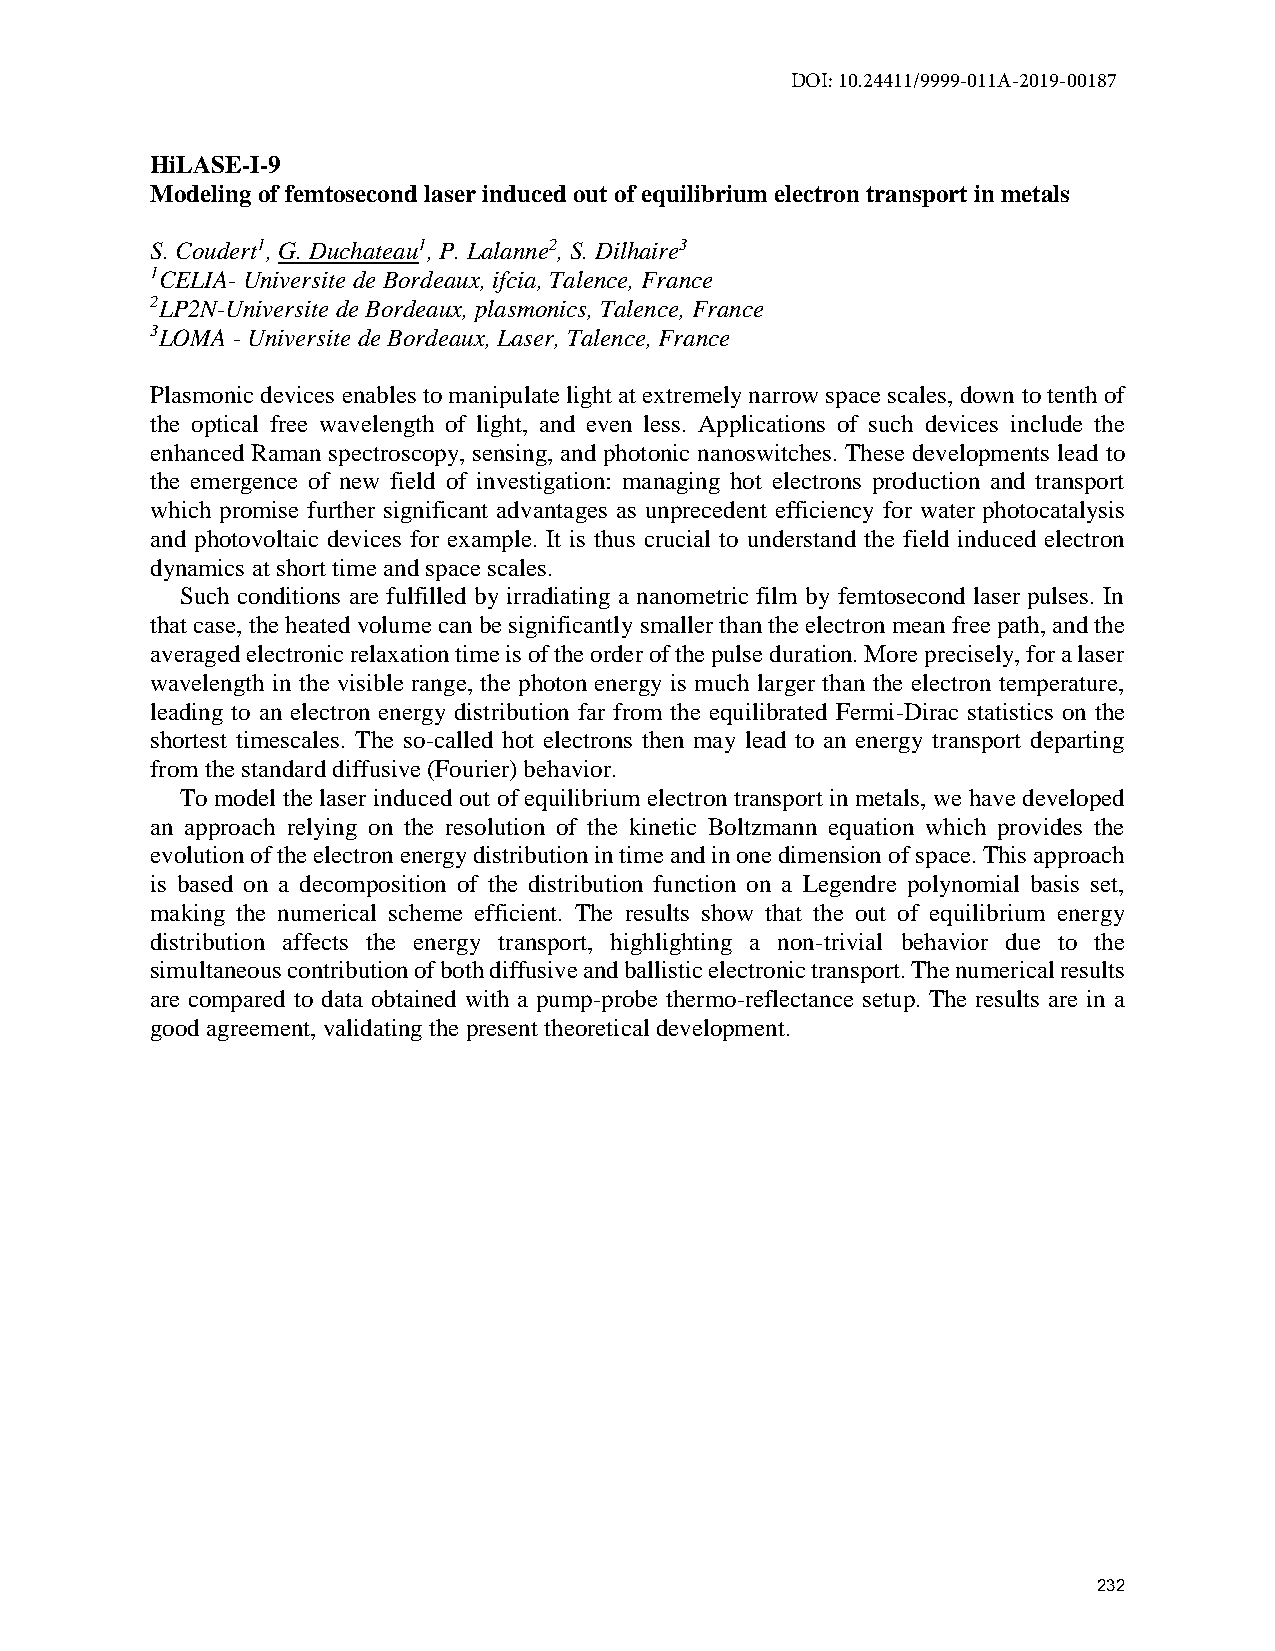
DOI: 10.24411/9999-011A-2019-00187
 HiLASE-I-9
 Modeling of femtosecond laser induced out of equilibrium electron transport in metals
 S. Coudert1, G. Duchateau1, P. Lalanne2, S. Dilhaire3
 1CELIA- Universite de Bordeaux, ifcia, Talence, France
 2LP2N-Universite de Bordeaux, plasmonics, Talence, France
 3LOMA - Universite de Bordeaux, Laser, Talence, France
 Plasmonic devices enables to manipulate light at extremely narrow space scales, down to tenth of
 the optical free wavelength of light, and even less. Applications of such devices include the
 enhanced Raman spectroscopy, sensing, and photonic nanoswitches. These developments lead to
 the emergence of new field of investigation: managing hot electrons production and transport
 which promise further significant advantages as unprecedent efficiency for water photocatalysis
 and photovoltaic devices for example. It is thus crucial to understand the field induced electron
 dynamics at short time and space scales.
 Such conditions are fulfilled by irradiating a nanometric film by femtosecond laser pulses. In
 that case, the heated volume can be significantly smaller than the electron mean free path, and the
 averaged electronic relaxation time is of the order of the pulse duration. More precisely, for a laser
 wavelength in the visible range, the photon energy is much larger than the electron temperature,
 leading to an electron energy distribution far from the equilibrated Fermi-Dirac statistics on the
 shortest timescales. The so-called hot electrons then may lead to an energy transport departing
 from the standard diffusive (Fourier) behavior.
 To model the laser induced out of equilibrium electron transport in metals, we have developed
 an approach relying on the resolution of the kinetic Boltzmann equation which provides the
 evolution of the electron energy distribution in time and in one dimension of space. This approach
 is based on a decomposition of the distribution function on a Legendre polynomial basis set,
 making the numerical scheme efficient. The results show that the out of equilibrium energy
 distribution affects the energy transport, highlighting a non-trivial behavior due to the
 simultaneous contribution of both diffusive and ballistic electronic transport. The numerical results
 are compared to data obtained with a pump-probe thermo-reflectance setup. The results are in a
 good agreement, validating the present theoretical development.
 232